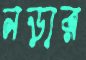
নড়ার